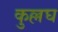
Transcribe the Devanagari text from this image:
कुल्लघ